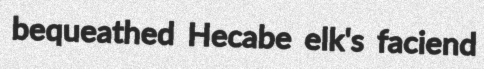
bequeathed Hecabe elk's faciend